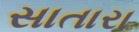
સાતારા